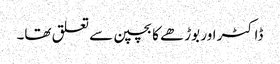
ڈاکٹر اور بوڑھے کا بچپن سے تعلق تھا۔